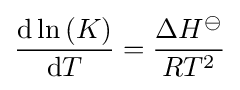
{\frac {\mathrm {d} \ln \left(K\right)}{\mathrm {d} T}}={\frac {\Delta H^{\ominus }}{RT^{2}}}